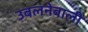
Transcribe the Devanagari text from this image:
उबलनेवाली